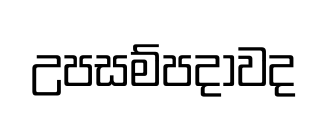
උපසම්පදාවද